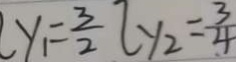
y _ { 1 } = \frac { 3 } { 2 } [ y _ { 2 } = \frac { 3 } { 4 }